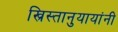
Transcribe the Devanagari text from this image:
ख्रिस्तानुयायांनी